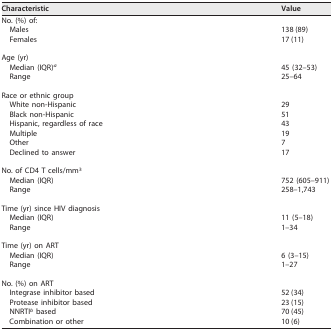
| Characteristic | Value |
 | --- | --- |
 | No. (%) of: |  |
 | Males | 138 (89) |
 | Females | 17 (11) |
 | Age (yr) |  |
 | Median (IQR)a | 45 (32–53) |
 | Range | 25–64 |
 | Race or ethnic group |  |
 | White non-Hispanic | 29 |
 | Black non-Hispanic | 51 |
 | Hispanic, regardless of race | 43 |
 | Multiple | 19 |
 | Other | 7 |
 | Declined to answer | 17 |
 | No. of CD4 T cells/mm3 |  |
 | Median (IQR) | 752 (605–911) |
 | Range | 258–1,743 |
 | Time (yr) since HIV diagnosis |  |
 | Median (IQR) | 11 (5–18) |
 | Range | 1–34 |
 | Time (yr) on ART |  |
 | Median (IQR) | 6 (3–15) |
 | Range | 1–27 |
 | No. (%) on ART |  |
 | Integrase inhibitor based | 52 (34) |
 | Protease inhibitor based | 23 (15) |
 | NNRTIb based | 70 (45) |
 | Combination or other | 10 (6) |